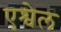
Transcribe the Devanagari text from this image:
एश्वेल